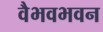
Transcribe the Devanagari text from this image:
वैभवभवन